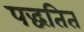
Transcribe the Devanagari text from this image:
पद्धतित